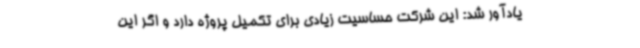
یادآور شد: این شرکت حساسیت‌ زیادی برای تکمیل پروژه دارد و اگر این